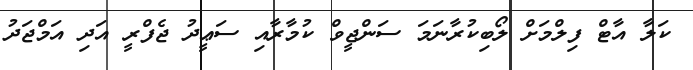
ކަލާ އާޓް ފިލްމަށް ލޯބިކުރާނަމަ ސަންޖީވް ކުމާރާއި ސަޢީދު ޖެފްރީ އަދި އަމްޖަދު